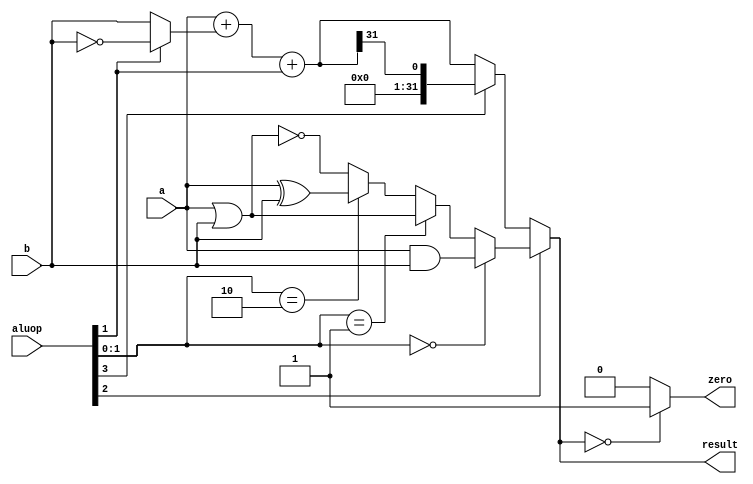
`timescale 1ns / 1ps
//////////////////////////////////////////////////////////////////////////////////
// Company:  ETH Zurich
//
// Design Name:    MIPS processor
// Module Name:    ALU
// Project Name:   Digital Circuits Lab Exercuse
// Target Devices:
// Tool versions:
// Description:    This is one possible solution to the
//                 ALU description from Lab 5
// Dependencies:
//
// Revision:
// Revision 0.01 - File Created
// Additional Comments:
//
//////////////////////////////////////////////////////////////////////////////////
module ALU(
  input [31:0] a,
  input [31:0] b,
	input [3:0] aluop,
	output [31:0] result,
	output zero
);

  wire [31:0] logicout;   // output of the logic block
  wire [31:0] addout;     // adder subtractor out
  wire [31:0] arithout;   // output after alt
  wire [31:0] n_b;        // inverted b
  wire [31:0] sel_b;      // select b or n_b;
  wire [31:0] slt;        // output of the slt extension

  wire [1:0] logicsel;    // lower two bits of aluop;

  // logic select
  assign logicsel = aluop[1:0];
  assign logicout = (logicsel == 2'b00) ? a & b :
                    (logicsel == 2'b01) ? a | b :
						        (logicsel == 2'b10) ? a ^ b :
                                          ~(a | b) ;

  // adder subtractor
  assign n_b = ~b ;  // invert b
  assign sel_b = (aluop[1])? n_b : b ;
  assign addout = a + sel_b + aluop[1];

  // set less than operator
  assign slt = { 31'b0, addout[31] };

  // arith out
  assign arithout = (aluop[3]) ? slt : addout;

  // final out
  assign result = (aluop[2]) ? logicout : arithout;

  // the zero
  assign zero = (result == 32'b0) ? 1: 0;

endmodule